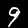
Label: 9